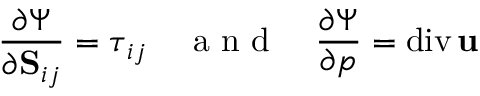
\frac { \partial \Psi } { \partial \mathrm { \bf S } _ { i j } } = \boldsymbol { \tau } _ { i j } \quad \mathrm { ~ a ~ n ~ d ~ } \quad \frac { \partial \Psi } { \partial p } = \mathrm { d i v } \, { \bf u }